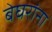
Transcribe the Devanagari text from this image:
बेघरांना